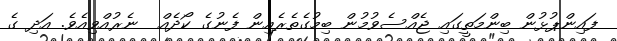
ފައިންޕުޅުން ބިންމަތީގައި ޖެއްސެވުމުން ބިމުގެތެރެއިން ފެނުގެ ކޯދެއް  ނެރުއްވިއެވެ. އަދި ގެ